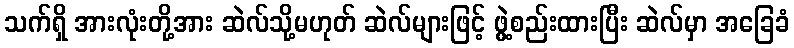
သက်ရှိ အားလုံးတို့အား ဆဲလ်သို့မဟုတ် ဆဲလ်များဖြင့် ဖွဲ့စည်းထားပြီး ဆဲလ်မှာ အခြေခံ